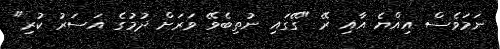
ނަމަވެސް އިއްޔެ އާއި ރޭ "ގޭގައި ނުތިބެވޭ ވަރަށް ދުމުގެ އަސަރު ކުރި"